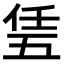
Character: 𠄶